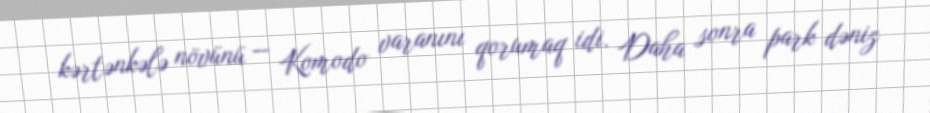
kərtənkələ növünü — Komodo varanını qorumaq idi. Daha sonra park dəniz